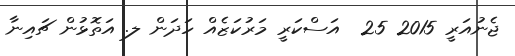
ޖެނުއަރީ 2015 25  އަސްކަރީ މަރުކަޒެއް ހަދަން ލ. އަތޮޅުން ޗައިނާ